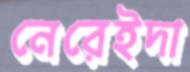
নেরেইদা